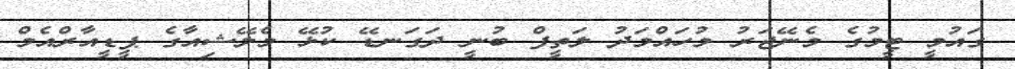
ގައުމީ ޓީމުގެ މެނޭޖަރު މުހައްމަދު ލަތީފް ބުނީ ދަގަނޑޭ ކުޅޭ މެލޭޝިއާގެ ޕީޑީއާރްއެމް